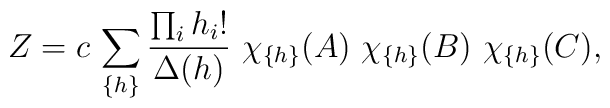
Z=c\,\sum_{\{ h \}}{\prod_i h_i! \over\Delta(h) }~\chi_{\{h\}}(A)~\chi_{\{h\}}(B)~\chi_{\{h\}}(C) ,